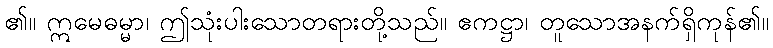
၏။ ဣမေဓမ္မာ၊ ဤသုံးပါးသောတရားတို့သည်။ ဧကဋ္ဌာ၊ တူသောအနက်ရှိကုန်၏။